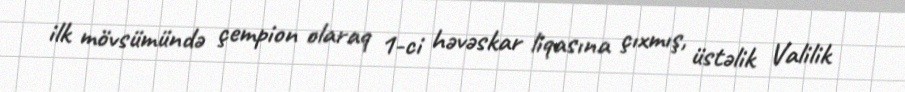
ilk mövsümündə çempion olaraq 1-ci həvəskar liqasına çıxmış, üstəlik Valilik